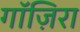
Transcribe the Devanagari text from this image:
गाॅज़िरा